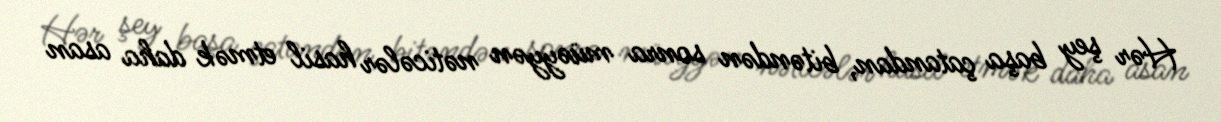
Hər şey başa çatandan, bitəndən sonra müəyyən nəticələr hasil etmək daha asan